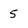
Character: 5